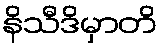
နိသီဒိမှာတိ